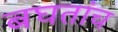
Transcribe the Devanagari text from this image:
बघतांच